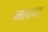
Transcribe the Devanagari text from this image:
मसाया